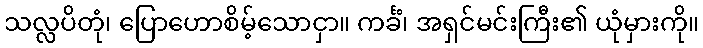
သလ္လပိတုံ၊ ပြောဟောစိမ့်သောငှာ။ ကင်္ခံ၊ အရှင်မင်းကြီး၏ ယုံမှားကို။